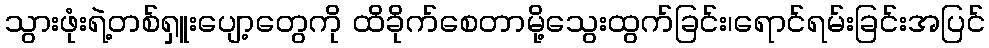
သွားဖုံးရဲ့တစ်ရှူးပျော့တွေကို ထိခိုက်စေတာမို့သွေးထွက်ခြင်း၊ရောင်ရမ်းခြင်းအပြင်